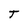
Character: T